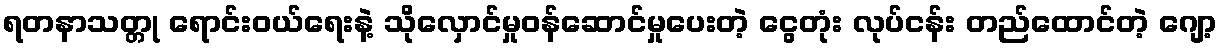
ရတနာသတ္တု ရောင်းဝယ်ရေးနဲ့ သိုလှောင်မှုဝန်ဆောင်မှုပေးတဲ့ ငွေတုံး လုပ်ငန်း တည်ထောင်တဲ့ ဂျော့